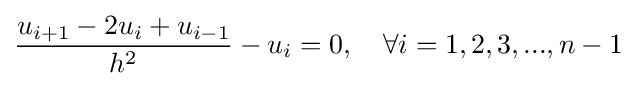
{\frac {u_{i+1}-2u_{i}+u_{i-1}}{h^{2}}}-u_{i}=0,\quad \forall i={1,2,3,...,n-1}